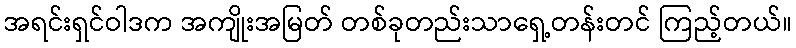
အရင်းရှင်ဝါဒက အကျိုးအမြတ် တစ်ခုတည်းသာရှေ့တန်းတင် ကြည့်တယ်။